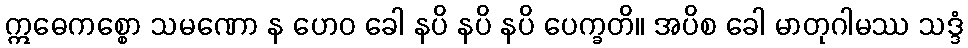
ဣဓေကစ္စော သမဏော န ဟေဝ ခေါ နပိ နပိ နပိ ပေက္ခတိ။ အပိစ ခေါ မာတုဂါမဿ သဒ္ဒံ